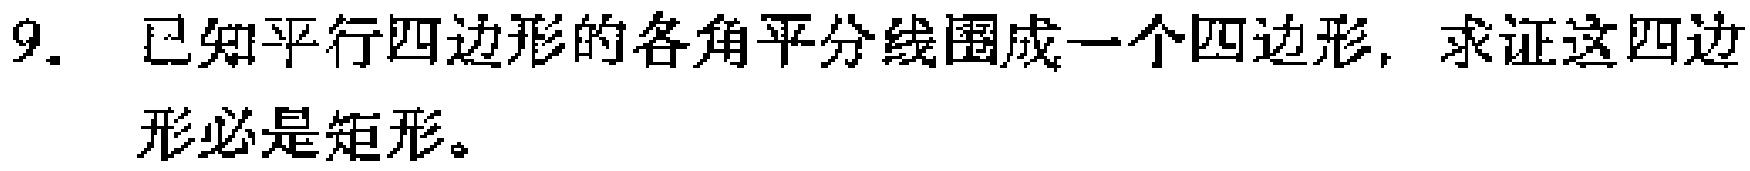
9. 已知平行四边形的各角平分线围成一个四边形，求证这四边形必是矩形。